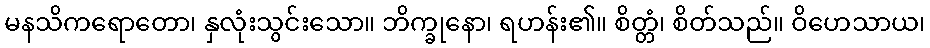
မနသိကရောတော၊ နှလုံးသွင်းသော။ ဘိက္ခုနော၊ ရဟန်း၏။ စိတ္တံ၊ စိတ်သည်။ ဝိဟေသာယ၊